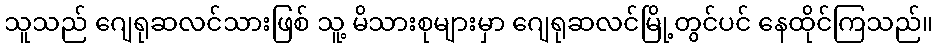
သူသည် ဂျေရုဆလင်သားဖြစ် သူ့ မိသားစုများမှာ ဂျေရုဆလင်မြို့တွင်ပင် နေထိုင်ကြသည်။